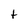
Character: t